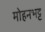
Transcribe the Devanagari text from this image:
मोहनभट्ट